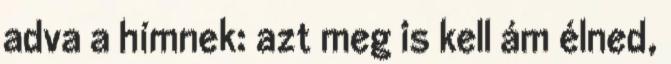
adva a hímnek: azt meg is kell ám élned,